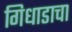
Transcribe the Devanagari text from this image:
गिधाडाचा